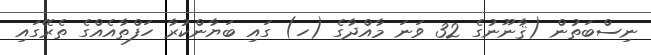
ނިސްބަތުން (ޤާނޫނުގެ 32 ވަނަ މާއްދާގެ (ހ) ގައި ބަޔާންކުރާ ހަފްތާއެއްގެ ތެރޭގައި